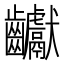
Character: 𪚋